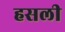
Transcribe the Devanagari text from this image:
हसली